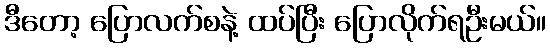
ဒီတော့ ပြောလက်စနဲ့ ထပ်ပြီး ပြောလိုက်ရဦးမယ်။